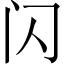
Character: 闪